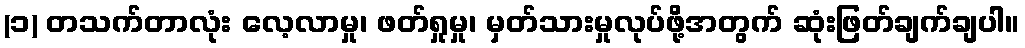
(၁) တသက်တာလုံး လေ့လာမှု၊ ဖတ်ရှုမှု၊ မှတ်သားမှုလုပ်ဖို့အတွက် ဆုံးဖြတ်ချက်ချပါ။